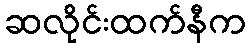
ဆလိုင်းထက်နီက